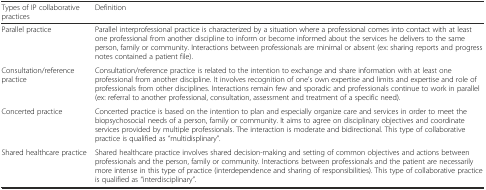
<table><thead><tr><td><b>Types of IP collaborative practices</b></td><td><b>Definition</b></td></tr></thead><tbody><tr><td>Parallel practice</td><td>Parallel interprofessional practice is characterized by a situation where a professional comes into contact with at least one professional from another discipline to inform or become informed about the services he delivers to the same person, family or community. Interactions between professionals are minimal or absent (ex: sharing reports and progress notes contained a patient file).</td></tr><tr><td>Consultation/reference practice</td><td>Consultation/reference practice is related to the intention to exchange and share information with at least one professional from another discipline. It involves recognition of one’s own expertise and limits and expertise and role of professionals from other disciplines. Interactions remain few and sporadic and professionals continue to work in parallel (ex: referral to another professional, consultation, assessment and treatment of a specific need).</td></tr><tr><td>Concerted practice</td><td>Concerted practice is based on the intention to plan and especially organize care and services in order to meet the biopsychosocial needs of a person, family or community. It aims to agree on disciplinary objectives and coordinate services provided by multiple professionals. The interaction is moderate and bidirectional. This type of collaborative practice is qualified as “multidisplinary”.</td></tr><tr><td>Shared healthcare practice</td><td>Shared healthcare practice involves shared decision-making and setting of common objectives and actions between professionals and the person, family or community. Interactions between professionals and the patient are necessarily more intense in this type of practice (interdependence and sharing of responsibilities). This type of collaborative practice is qualified as “interdisciplinary”.</td></tr></tbody></table>